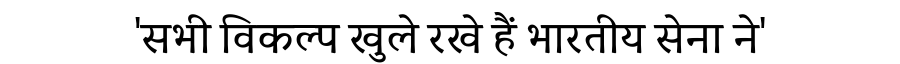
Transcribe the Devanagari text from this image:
'सभी विकल्प खुले रखे हैं भारतीय सेना ने'